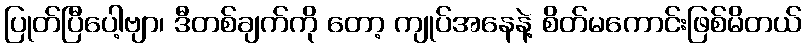
ပြုတ်ပြီပေါ့ဗျာ၊ ဒီတစ်ချက်ကို တော့ ကျုပ်အနေနဲ့ စိတ်မကောင်းဖြစ်မိတယ်